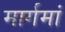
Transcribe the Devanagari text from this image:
मार्गमां